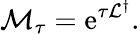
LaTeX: \mathcal{M}_{\tau}=\operatorname{e}^{\tau\mathcal{L}^{\dagger}}.